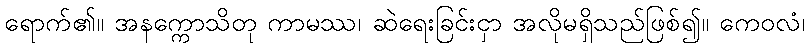
ရောက်၏။ အနက္ကောသိတု ကာမဿ၊ ဆဲရေးခြင်းငှာ အလိုမရှိသည်ဖြစ်၍။ ကေဝလံ၊